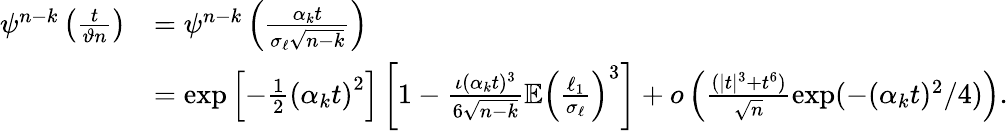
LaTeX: \begin{array}{rl}{\psi^{n-k}\left(\frac{t}{\vartheta n}\right)}&{=\psi^{n-k}\left(\frac{\alpha_{k}t}{\sigma_{\ell}\sqrt{n-k}}\right)}\\ &{=\exp\left[-\frac{1}{2}\left(\alpha_{k}t\right)^{2}\right]\left[1-\frac{\iota(\alpha_{k}t)^{3}}{6\sqrt{n-k}}\mathbb{E}\left(\frac{\ell_{1}}{\sigma_{\ell}}\right)^{3}\right]+o\left(\frac{(|t|^{3}+t^{6})}{\sqrt{n}}\exp(-(\alpha_{k}t)^{2}/4)\right).}\end{array}